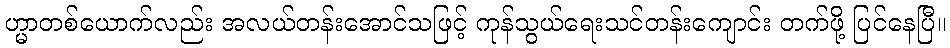
ဟ္မာတစ်ယောက်လည်း အလယ်တန်းအောင်သဖြင့် ကုန်သွယ်ရေးသင်တန်းကျောင်း တက်ဖို့ ပြင်နေပြီ။